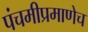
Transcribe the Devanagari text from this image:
पंचमीप्रमाणेच